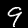
Label: 9